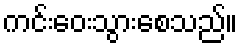
ကင်းဝေးသွားစေသည်။